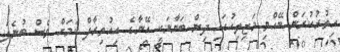
އިތުރުކުރަން ބޭއްވި މަޖިލިހުގައި ދިން ބަޔާނަކީ އޭނާގެ އިއުތިރާފް ކަމަށް ވެސް ބުނެފަ